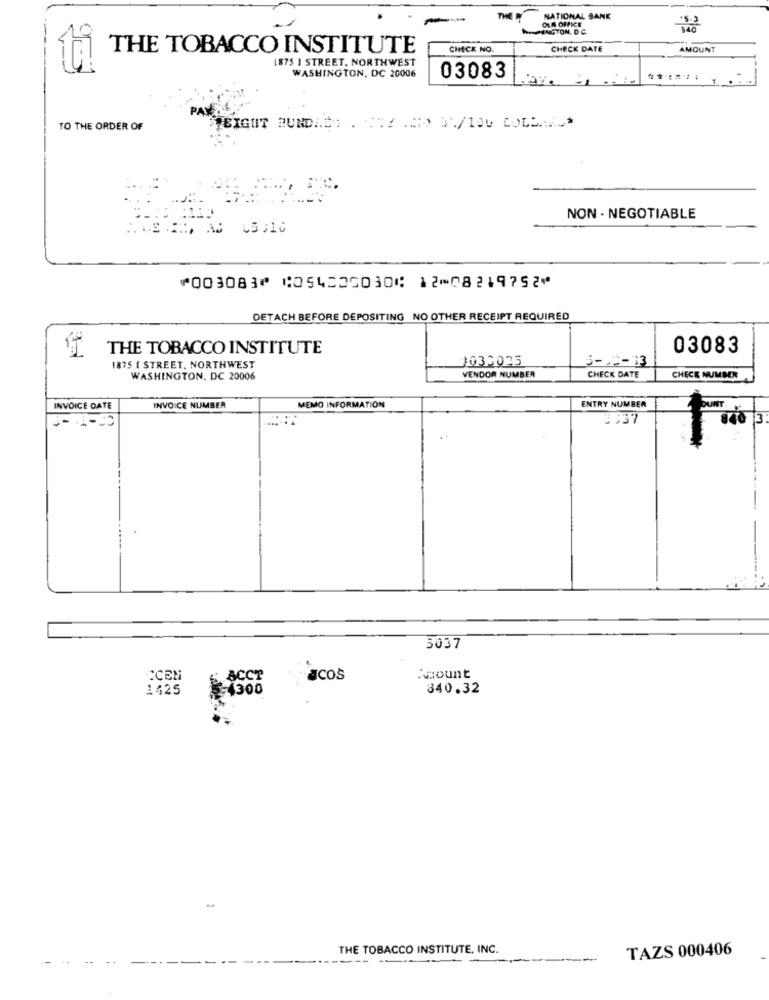
THE
OLA OFFICE
NATIONAL BANK
NINGTON, D.C.
9
THE TOBACCO INSTITUTE
CHECK NO
CHECK DATE
AMOUNT
1875 I STREET, NORTHWEST
WASHINGTON, DC 20006
03083
-
PAY
TO THE ORDER OF
NON - NEGOTIABLE
⑈003083⑈ ⑆054506030⑆ 12⑉08219752⑈
DETACH BEFORE DEPOSITING NO OTHER RECEIPT REQUIRED
THE TOBACCO INSTITUTE
03083
0032025
5-J -- 13
1875 I STREET, NORTHWEST
WASHINGTON, DC 20006
VENDOR NUMBER
CHECK DATE
CHECK NUMBER
ENTRY NUMBER
DUNT
INVOICE DATE
INVOICE NUMBER
MEMO INFORMATION
0- 1-10
2737
13
5037
2CEN
ACCT
acos
:mount
1425
4300
840.32
THE TOBACCO INSTITUTE, INC.
TAZS 000406
...